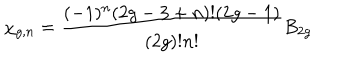
LaTeX: \chi _ { g , n } = { \frac { ( - 1 ) ^ { n } ( 2 g - 3 + n ) ! ( 2 g - 1 ) } { ( 2 g ) ! n ! } } B _ { 2 g }